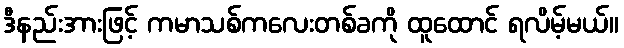
ဒီနည်းအားဖြင့် ကမာသစ်ကလေးတစ်ခကို ထူထောင် ရလိမ့်မယ်။